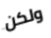
ولكن